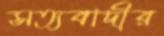
সত্যবাদীর